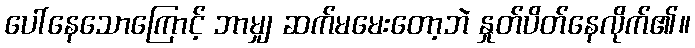
ပေါ်နေသောကြောင့် ဘာမျှ ဆက်မမေးတော့ဘဲ နှုတ်ပိတ်နေလိုက်၏။